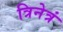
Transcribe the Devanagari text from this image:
त्रिनेत्रं